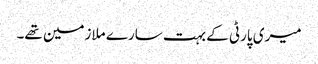
میری پارٹی کے بہت سارے ملازمین تھے۔